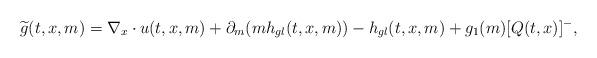
LaTeX: \begin{align*}\widetilde{g}(t,x,m) = \nabla_x \cdot u(t,x,m) + \partial_m(mh_{gl}(t,x,m)) - h_{gl}(t,x,m)+g_{1}(m) [Q (t,x) ]^{-} ,\end{align*}